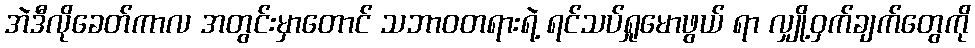
အဲဒီလိုခေတ်ကာလ အတွင်းမှာတောင် သဘာဝတရားရဲ့ ရင်သပ်ရှုမောဖွယ် ရာ လျှို့ဝှက်ချက်တွေကို